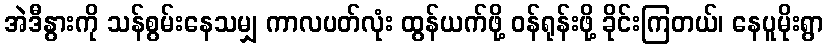
အဲဒီနွားကို သန်စွမ်းနေသမျှ ကာလပတ်လုံး ထွန်ယက်ဖို့ ဝန်ရုန်းဖို့ ခိုင်းကြတယ်၊ နေပူမိုးရွာ